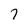
Character: 7